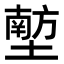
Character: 𪤟